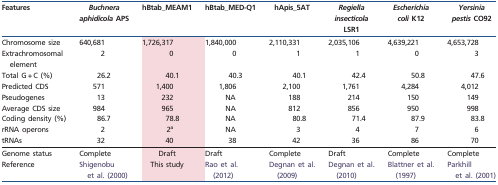
| Features | Buchnera aphidicola APS | hBtab_MEAM1 | hBtab_MED-Q1 | hApis_5AT | Regiella insecticola LSR1 | Escherichia coli K12 | Yersinia pestis CO92 |
 | --- | --- | --- | --- | --- | --- | --- | --- |
 | Chromosome size | 640,681 | 1,726,317 | 1,840,000 | 2,110,331 | 2,035,106 | 4,639,221 | 4,653,728 |
 | Extrachromosomal element | 2 | 0 | 0 | 1 | 1 | 0 | 3 |
 | Total G + C (%) | 26.2 | 40.1 | 40.3 | 40.1 | 42.4 | 50.8 | 47.6 |
 | Predicted CDS | 571 | 1,400 | 1,806 | 2,100 | 1,761 | 4,284 | 4,012 |
 | Pseudogenes | 13 | 232 | NA | 188 | 214 | 150 | 149 |
 | Average CDS size | 984 | 965 | NA | 812 | 856 | 950 | 998 |
 | Coding density (%) | 86.7 | 78.8 | NA | 80.8 | 71.4 | 87.9 | 83.8 |
 | rRNA operons | 2 | 2a | NA | 3 | 4 | 7 | 6 |
 | tRNAs | 32 | 40 | 38 | 42 | 36 | 86 | 70 |
 | Genome status | Complete | Draft | Draft | Complete | Draft | Complete | Complete |
 | Reference | Shigenobu et al. (2000) | This study | Rao et al. (2012) | Degnan et al. (2009) | Degnan et al. (2010) | Blattner et al. (1997) | Parkhill et al. (2001) |